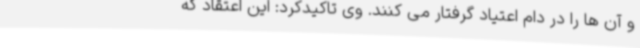
و آن ها را در دام اعتیاد گرفتار می کنند. وی تاکیدکرد: این اعتقاد که